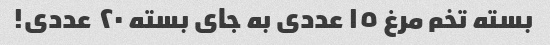
بسته تخم مرغ ١٥ عددی به جای بسته ٢٠ عددی!